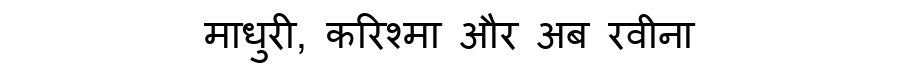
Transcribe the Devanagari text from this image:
माधुरी, करिश्मा और अब रवीना